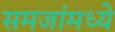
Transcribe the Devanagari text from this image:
समजांमध्ये